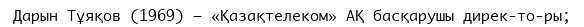
Дарын Тұяқов (1969) – «Қазақтелеком» АҚ басқарушы дирек­то­ры;